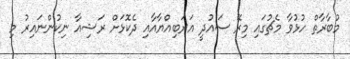
މުބާރާތް ހުޅުވާ މެޗުގައި މިރޭ ސައުދީ އަރަބިއްޔާއާއި ދެކޮޅަށް ރަޝިއާ ނިކުންނައިރު މި